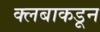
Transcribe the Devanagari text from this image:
क्लबाकडून